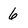
Character: 6